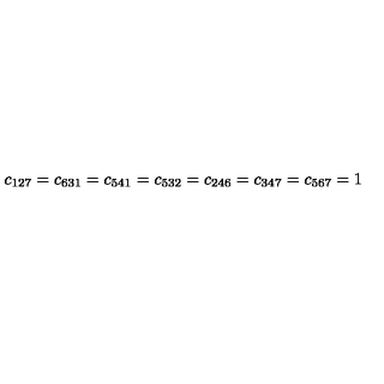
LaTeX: c _ { 1 2 7 } = c _ { 6 3 1 } = c _ { 5 4 1 } = c _ { 5 3 2 } = c _ { 2 4 6 } = c _ { 3 4 7 } = c _ { 5 6 7 } = 1